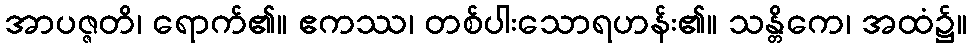
အာပဇ္ဇတိ၊ ရောက်၏။ ဧကဿ၊ တစ်ပါးသောရဟန်း၏။ သန္တိကေ၊ အထံ၌။